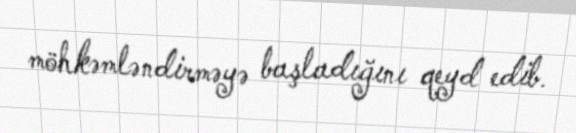
möhkəmləndirməyə başladığını qeyd edib.